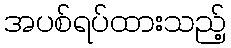
အပစ်ရပ်ထားသည့်